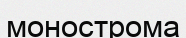
монострома